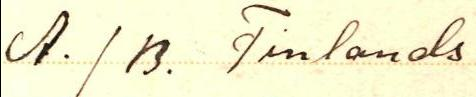
A. / B. Finlands